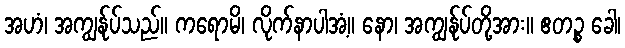
အဟံ၊ အကျွန်ုပ်သည်။ ကရောမိ၊ လိုက်နာပါအံ့။ နော၊ အကျွန်ုပ်တို့အား။ ဧတဉ္စ ခေါ၊